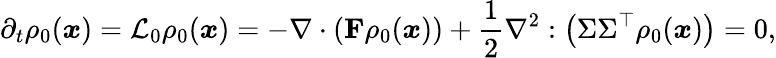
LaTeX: \partial_{t}\rho_{0}(\boldsymbol{x})=\mathcal{L}_{0}\rho_{0}(\boldsymbol{x})=-\nabla\cdot\left(\mathbf{F}\rho_{0}(\boldsymbol{x})\right)+\frac{1}{2}\nabla^{2}:\left(\Sigma\Sigma^{\top}\rho_{0}(\boldsymbol{x})\right)=0,